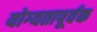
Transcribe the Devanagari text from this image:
योग्‍यतापूर्वक